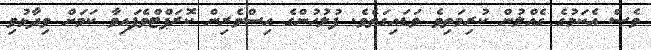
ވެސް އެކަމުގެ ގެއްލުން ކުރިމަތިވެ ވަޑައިގަތެވެ. ފުލުހުންގެ އިސްވެރިން ކޮރަޕްޓްވެފައިވާ ކަމަށް ވިދާޅުވި